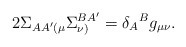
\begin{align*}2\Sigma _{AA^{\prime }(\mu }\Sigma _{\nu )}^{BA^{\prime }}=\delta_{A}{}^{B}g_{\mu \nu }. \end{align*}